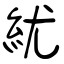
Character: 紌